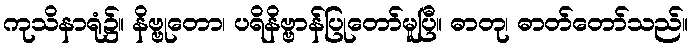
ကုသိနာရုံ၌။ နိဗ္ဗုတော၊ ပရိနိဗ္ဗာန်ပြုတော်မူပြီ။ ဓာတု၊ ဓာတ်တော်သည်။